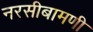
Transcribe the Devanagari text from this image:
नरसीबामणी